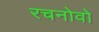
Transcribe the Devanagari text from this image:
रचनोवो